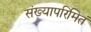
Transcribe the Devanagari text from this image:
संख्यापरिमितं